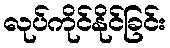
လုပ်ကိုင်နိုင်ခြင်း